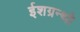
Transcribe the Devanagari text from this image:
ईशग्रन्थो